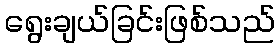
ရွေးချယ်ခြင်းဖြစ်သည်